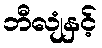
ဘီလျံနှင့်